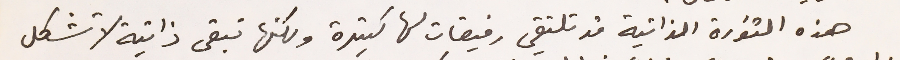
هذه الثورة الذاتية قد تلتقي رفيقات لها كثيرة ولكنها تبقى ذاتية لا تشكل